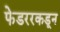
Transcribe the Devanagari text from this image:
फेडररकडून